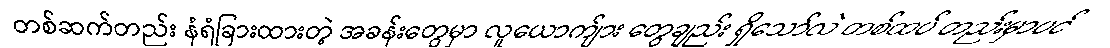
တစ်ဆက်တည်း နံရံခြားထားတဲ့ အခန်းတွေမှာ လူယောက်ျား တွေချည်း ရှိသော်လဲ တစ်ထပ် တည်းမှာပင်